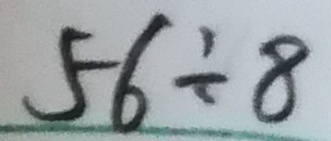
5 6 \div 8